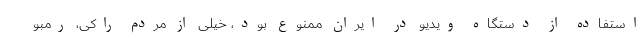
استفاده از دستگاه ویدیو در ایران ممنوع بود، خیلی از مردم راکی، رمبو